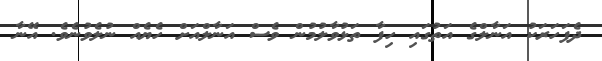
ދެފަހަރަކު އަނާލްގެ އަތުގައި ހިފާ ތަޅުވާލުމުން ވެސް އަނާލްއަށް ހެޔެއް ނުލެވުނެވެ. އޭނާ